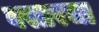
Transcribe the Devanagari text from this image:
बस्तरचा